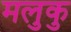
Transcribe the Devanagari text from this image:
मलुकु